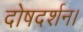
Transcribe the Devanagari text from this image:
दोषदर्शन।